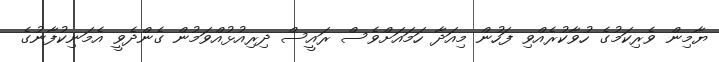
ޔާމިން ވެރިކަމުގެ ހުވާކުރެއްވި ފަހުން މިއަދާ ހަމައަށްވެސް ރައީސް ދިރިއުޅުއްވަމުން ގެންދެވީ އެމަނިކުފާނުގެ